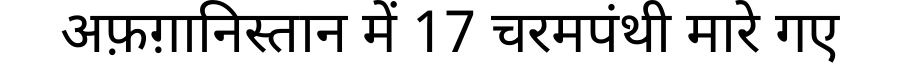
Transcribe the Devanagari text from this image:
अफ़ग़ानिस्तान में 17 चरमपंथी मारे गए